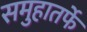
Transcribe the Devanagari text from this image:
समुहातर्फे